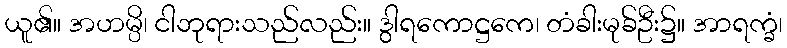
ယူ၏။ အဟမ္ပိ၊ ငါဘုရားသည်လည်း။ ဒွါရကောဋ္ဌကေ၊ တံခါးမုခ်ဦး၌။ အာရက္ခံ၊